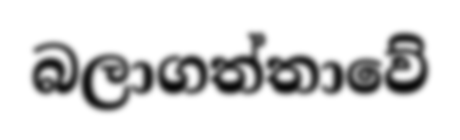
බලාගත්තාවේ